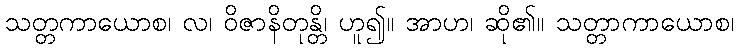
သတ္တကာယောစ၊ လ၊ ဝိဇာနိတုန္တိ၊ ဟူ၍။ အာဟ၊ ဆို၏။ သတ္တာကာယောစ၊